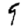
Digit: 9